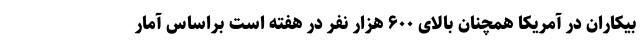
بیکاران در آمریکا همچنان بالای ۶۰۰ هزار نفر در هفته است براساس آمار